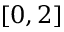
[ 0 , 2 ]